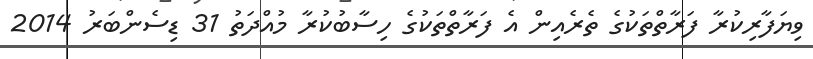
ވިޔަފާރިކުރާ ފަރާތްތަކުގެ ތެރެއިން އެ ފަރާތްތަކުގެ ހިސާބުކުރާ މުއްދަތު 31 ޑިސެންބަރު 2014